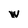
Character: W